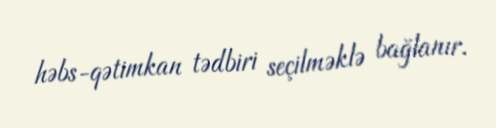
həbs-qətimkan tədbiri seçilməklə bağlanır.